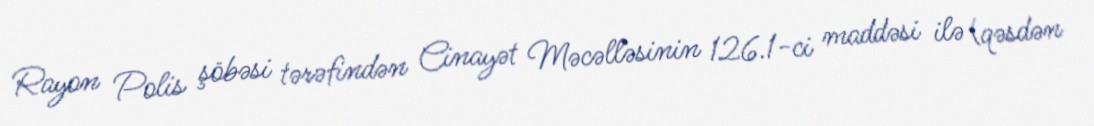
Rayon Polis şöbəsi tərəfindən Cinayət Məcəlləsinin 126.1-ci maddəsi ilə (qəsdən